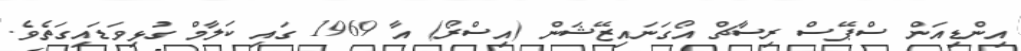
އިންޑިއަން ސްޕޭސް ރިސާޗް އޯގަނައިޒޭޝަން (އިސްރޯ) އާ 1969 ގައި ކަލާމް ގުޅިވަޑައިގަތެވެ.